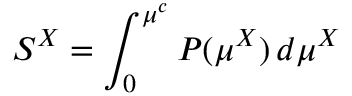
S ^ { X } = \int _ { 0 } ^ { \mu ^ { c } } P ( \mu ^ { X } ) \, d \mu ^ { X } \